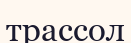
трассол